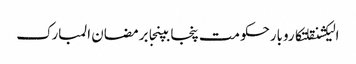
الیکشنقلتکاروبارحکومت پنجابپنجابرمضان المبارک